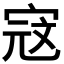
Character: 𭓾